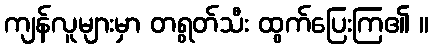
ကျန်လူများမှာ တရွတ်သီး ထွက်ပြေးကြ၏ ။